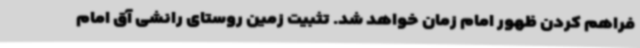
فراهم کردن ظهور امام زمان خواهد شد. تثبیت زمین روستای رانشی آق امام